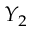
Y _ { 2 }